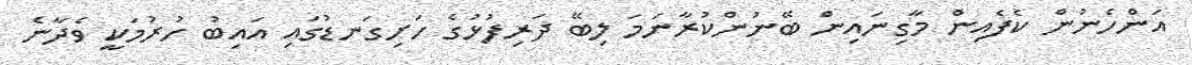
އަންހެނުން ކެފެއިން މާގިނައިން ބޭނުންކުރާނަމަ ލިބޭ ދަރިފުޅުގެ ހަށިގަނޑުގައި އައިބު ހުރުމަކީ ވެދާނެ